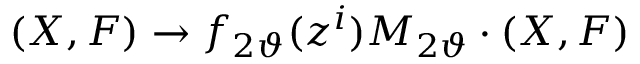
( X , F ) \rightarrow f _ { 2 \vartheta } ( z ^ { i } ) { M } _ { 2 \vartheta } \cdot ( X , F )